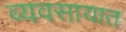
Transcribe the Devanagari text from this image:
व्‍यवसायात